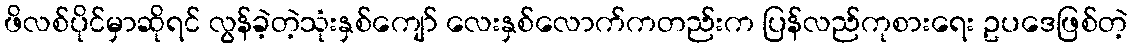
ဖိလစ်ပိုင်မှာဆိုရင် လွန်ခဲ့တဲ့သုံးနှစ်ကျော် လေးနှစ်လောက်ကတည်းက ပြန်လည်ကုစားရေး ဥပဒေဖြစ်တဲ့